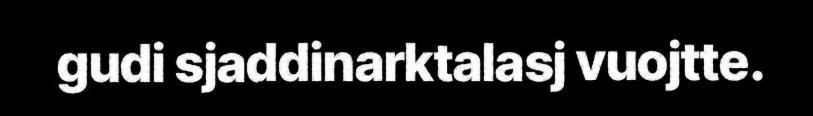
gudi sjaddinarktalasj vuojtte.